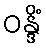
ဝန္ဒိံ